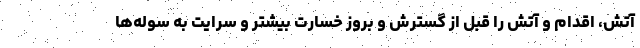
آتش، اقدام و آتش را قبل از گسترش و بروز خسارت بیشتر و سرایت به سوله‌ها